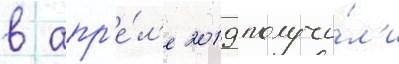
в апр'е́л'е 2019 получи́л'и